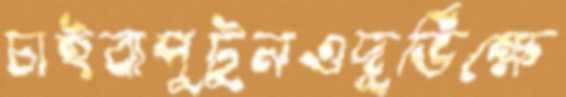
চাইবাপুটুনওদুর্ভিক্ষে